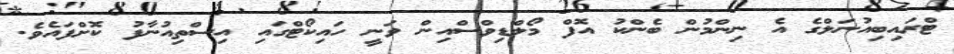
ޓްރައިބިއުނަލްގެ އެ ނިންމުން ބެންކު އޮފް މޯލްޑިވްސްއިން ވަނީ ހައިކޯޓްގައި އިސްތިއުނާފު ކޮށްފައެވެ.